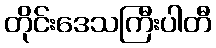
တိုင်းဒေသကြီးပါတီ